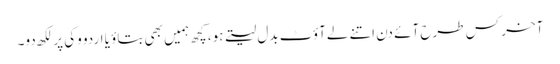
آخر کس طرح آئے دن اتنے لےآؤٹ بدل لیتے ہو، کچھ ہمیں بھی بتاؤ یا اردو وکی پر لکھ دو۔